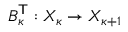
{ B _ { \kappa } ^ { \scriptstyle { \mathsf { T } } } } : X _ { \kappa } \rightarrow X _ { \kappa + 1 }